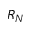
R _ { N }